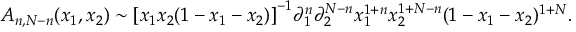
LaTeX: { \cal A } _ { n , N - n } ( x _ { 1 } , x _ { 2 } ) \sim \left[ x _ { 1 } x _ { 2 } ( 1 - x _ { 1 } - x _ { 2 } ) \right] ^ { - 1 } \! \partial _ { 1 } ^ { n } \partial _ { 2 } ^ { N - n } x _ { 1 } ^ { 1 + n } x _ { 2 } ^ { 1 + N - n } ( 1 - x _ { 1 } - x _ { 2 } ) ^ { 1 + N } .